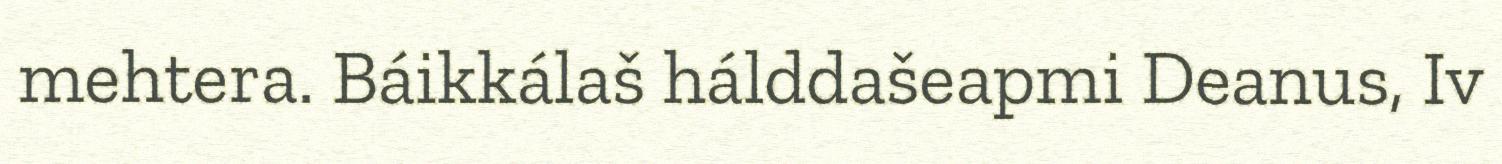
mehtera. Báikkálaš hálddašeapmi Deanus, Iv